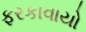
ફરકાવાયો